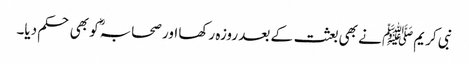
نبی کریم ﷺ نے بھی بعثت کے بعد روزہ رکھا اور صحابہؓ کو بھی حکم دیا۔